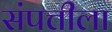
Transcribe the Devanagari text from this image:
संपत्तीला